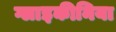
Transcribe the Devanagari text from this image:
ग्लाइकीनिया